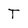
Character: T